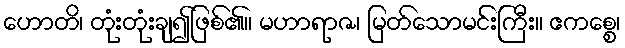
ဟောတိ၊ တုံးတုံးချ၍ဖြစ်၏။ မဟာရာဇ၊ မြတ်သောမင်းကြီး။ ဧကစ္စေ၊